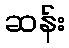
ဆန်း